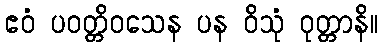
ဧဝံ ပဝတ္တိဝသေန ပန ဝိသုံ ဝုတ္တာနိ။